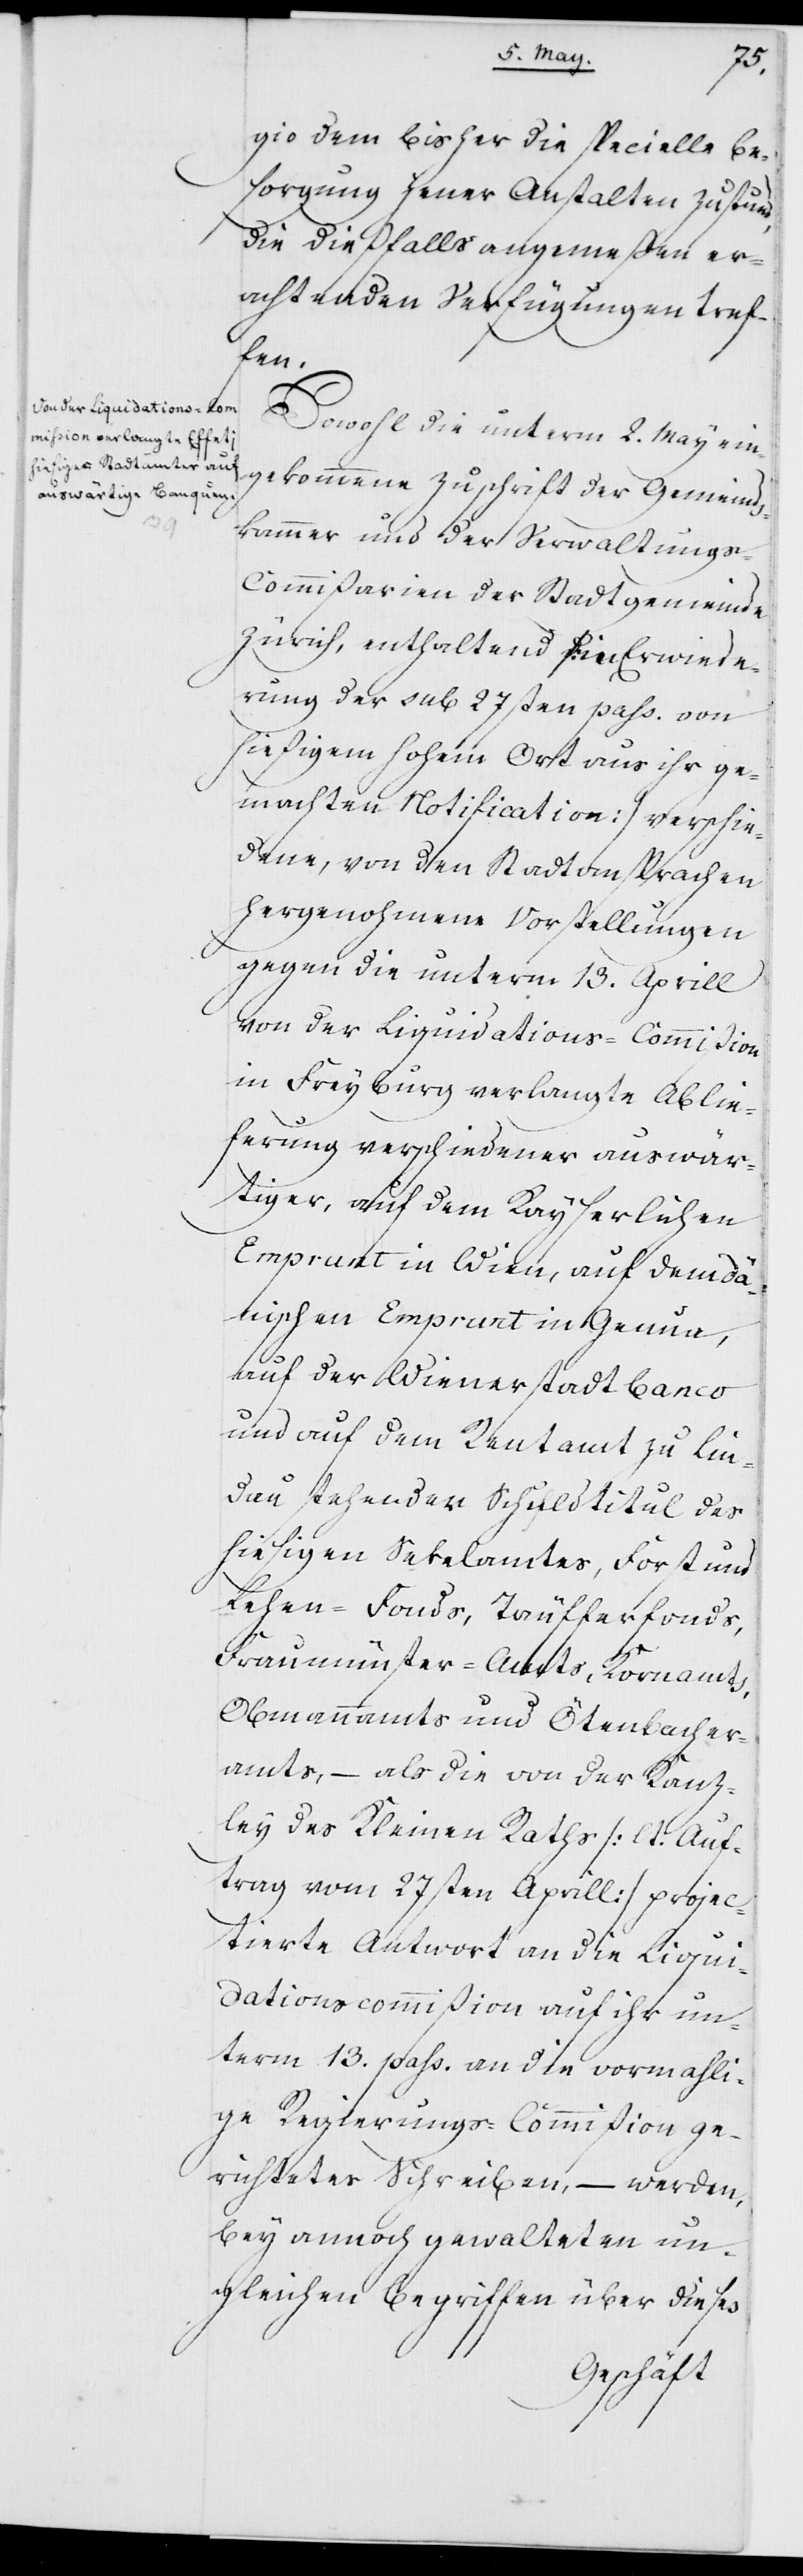
gio dem bisher die specielle Be¬
sorgung jener Anstalten zustund,
die dießfalls angemeßen er¬
achtenden Verfügungen tref¬
fen.
Sowohl die unterm 2ten May ein¬
gekommene Zuschrift der Gemeinds¬
kammer und der Verwaltungs-C¬
ommißarien der Stadtgemeinde
Zürich, enthaltend (in Erwiede¬
rung der sub 27sten pass. von
hießigem hohem Ort aus ihr ge¬
machten Notification) verschie¬
dene, von den Stadtansprachen
hergenohmene Vorstellungen
gegen die unterm 13. Aprill
von der Liquidations-Commißion
in Freyburg verlangte Ablie¬
ferung verschiedener auswär¬
tiger, auf dem Kayserlichen
Emprunt in Wien, auf dem Dä¬
nischen Emprunt in Genua,
auf der Wienerstadt Banco
und auf dem Rentamt zu Lin¬
dau stehenden Schuldtitul des
hiesigen Sekelamtes, Forst und
Lehen-Fonds, Täufferfonds,
Fraumünster-Amts, Kornamts,
Obmannamts und Ötenbacher¬
amts, – als die von der Kanz¬
ley des Kleinen Raths (lt: Auf¬
trag vom 27sten Aprill) projec¬
tierte Antwort an die Liqui¬
dationscommißion auf ihr un¬
term 13. pass. an die vormahli¬
ge Regierungs-Commißion ge¬
richtetes Schreiben, – werden,
bey annoch gewalteten un¬
gleichen Begriffen über dieses